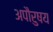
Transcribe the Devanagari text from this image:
अपौरुषय